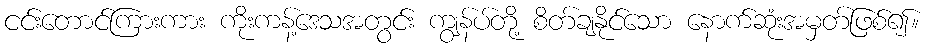
ငင်းတောင်ကြားကား ကိုးကန့်ဒေသအတွင်း ကျွန်ပ်တို့ စိတ်ချနိုင်သော နောက်ဆုံးအမှတ်ဖြစ်၍။